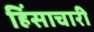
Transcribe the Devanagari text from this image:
हिंसाचारी